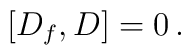
\left[ D_f, D \right] = 0\, .